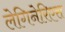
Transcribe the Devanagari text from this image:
लेगिनेरिएस